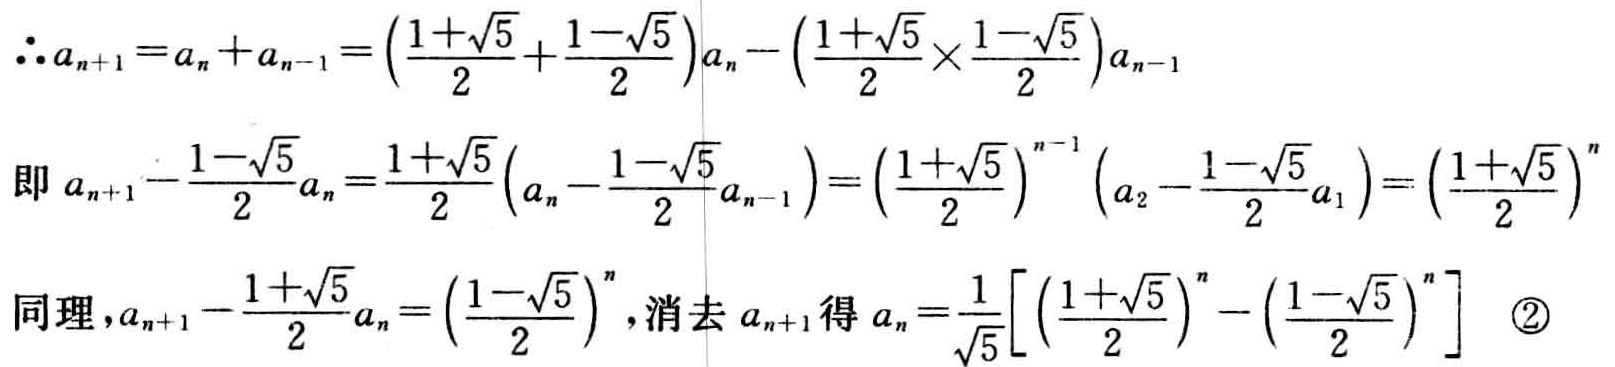
\[\begin{align*}
\therefore a_{n + 1}&=a_{n}+a_{n - 1}=\left(\frac{1 + \sqrt{5}}{2}+\frac{1 - \sqrt{5}}{2}\right)a_{n}-\left(\frac{1 + \sqrt{5}}{2}\times\frac{1 - \sqrt{5}}{2}\right)a_{n - 1}\\
\text{即 }a_{n + 1}-\frac{1 - \sqrt{5}}{2}a_{n}&=\frac{1 + \sqrt{5}}{2}\left(a_{n}-\frac{1 - \sqrt{5}}{2}a_{n - 1}\right)=\left(\frac{1 + \sqrt{5}}{2}\right)^{n - 1}\left(a_{2}-\frac{1 - \sqrt{5}}{2}a_{1}\right)=\left(\frac{1 + \sqrt{5}}{2}\right)^{n}\\
\text{同理},a_{n + 1}-\frac{1 + \sqrt{5}}{2}a_{n}&=\left(\frac{1 - \sqrt{5}}{2}\right)^{n},\text{消去 }a_{n + 1}\text{ 得 }a_{n}=\frac{1}{\sqrt{5}}\left[\left(\frac{1 + \sqrt{5}}{2}\right)^{n}-\left(\frac{1 - \sqrt{5}}{2}\right)^{n}\right]\quad\textcircled{2}
\end{align*}\]